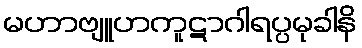
မဟာဗျူဟကူဋာဂါရပ္ပမုခါနိ